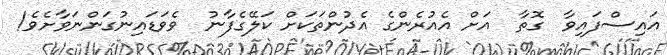
އައިސްފައިވާ  ގޮތާ  އަށް އެއުރެންގެ އެދުންތަކަށް ކަލޭގެފާނު  ވެވަޑައިނުގަންނަވާށެވެ!